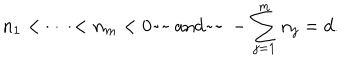
n _ { 1 } < \cdots < n _ { m } < 0 \mathrm { a n d } - \sum _ { j = 1 } ^ { m } n _ { j } = d .